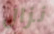
نزال